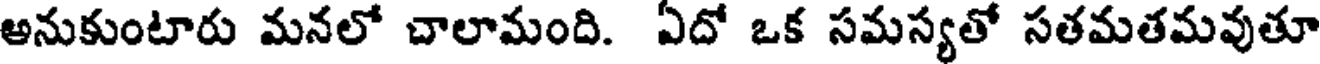
అనుకుంటారు మనలో చాలామంది. ఏదో ఒక సమస్యతో సతమతమవుతూ